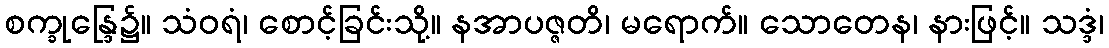
စက္ခုန္ဒြေ၌။ သံဝရံ၊ စောင့်ခြင်းသို့။ နအာပဇ္ဇတိ၊ မရောက်။ သောတေန၊ နားဖြင့်။ သဒ္ဒံ၊